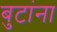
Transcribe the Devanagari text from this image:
बुटांना